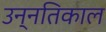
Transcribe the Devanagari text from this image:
उन्नतिकाल